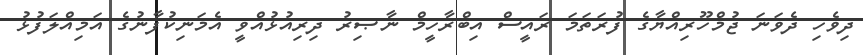
ދިވެހި ދެވަނަ ޖުމްހޫރިއްޔާގެ ފުރަތަމަ ރައީސް އިބްރާހީމް ނާޞިރު ދިރިއުޅުއްވީ އެމަނިކުފާނުގެ އަމިއްލަފުޅު